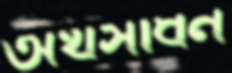
অর্থসাধন